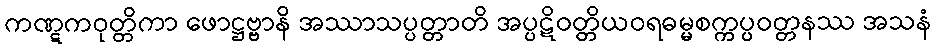
ကဏ္ဋကဝုတ္တိကာ ဖောဋ္ဌဗ္ဗာနိ အဿာသပ္ပတ္တာတိ အပ္ပဋိဝတ္တိယဝရဓမ္မစက္ကပ္ပဝတ္တနဿ အသနံ